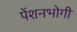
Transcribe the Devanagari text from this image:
पेंशनभोगी